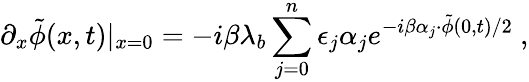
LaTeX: \partial_{x}\tilde{\phi}(x,t)|_{x=0}=-i\beta\lambda_{b}\sum_{j=0}^{n}\epsilon_{j}\alpha_{j}e^{-i\beta\alpha_{j}\cdot\tilde{\phi}(0,t)/2}\ ,